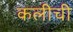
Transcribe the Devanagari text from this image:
कलीची